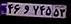
۴۶و۷۴۵۵۳